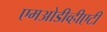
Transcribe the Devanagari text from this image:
एमओडीव्हीएटी